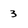
Character: 3